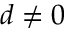
d \neq 0